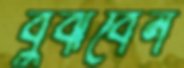
বুঝবেন